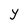
Character: Y